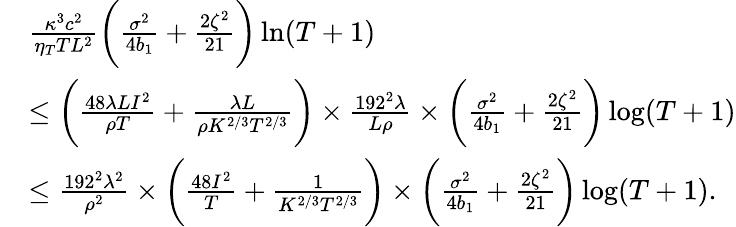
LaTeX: \begin{array}{rl}&{\frac{\kappa^{3}c^{2}}{\eta_{T}TL^{2}}\bigg(\frac{\sigma^{2}}{4b_{1}}+\frac{2\zeta^{2}}{21}\bigg)\ln(T+1)}\\ &{\leq\bigg(\frac{48\lambda LI^{2}}{\rho T}+\frac{\lambda L}{\rho K^{2/3}T^{2/3}}\bigg)\times\frac{192^{2}\lambda}{L\rho}\times\bigg(\frac{\sigma^{2}}{4b_{1}}+\frac{2\zeta^{2}}{21}\bigg)\log(T+1)}\\ &{\leq\frac{192^{2}\lambda^{2}}{\rho^{2}}\times\bigg(\frac{48I^{2}}{T}+\frac{1}{K^{2/3}T^{2/3}}\bigg)\times\bigg(\frac{\sigma^{2}}{4b_{1}}+\frac{2\zeta^{2}}{21}\bigg)\log(T+1).}\end{array}